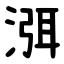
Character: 渳